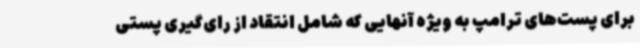
برای پست‌های ترامپ به ویژه آنهایی که شامل انتقاد از رای‌گیری پستی